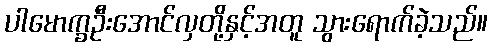
ပါမောက္ခဦးအောင်လှတို့နှင့်အတူ သွားရောက်ခဲ့သည်။